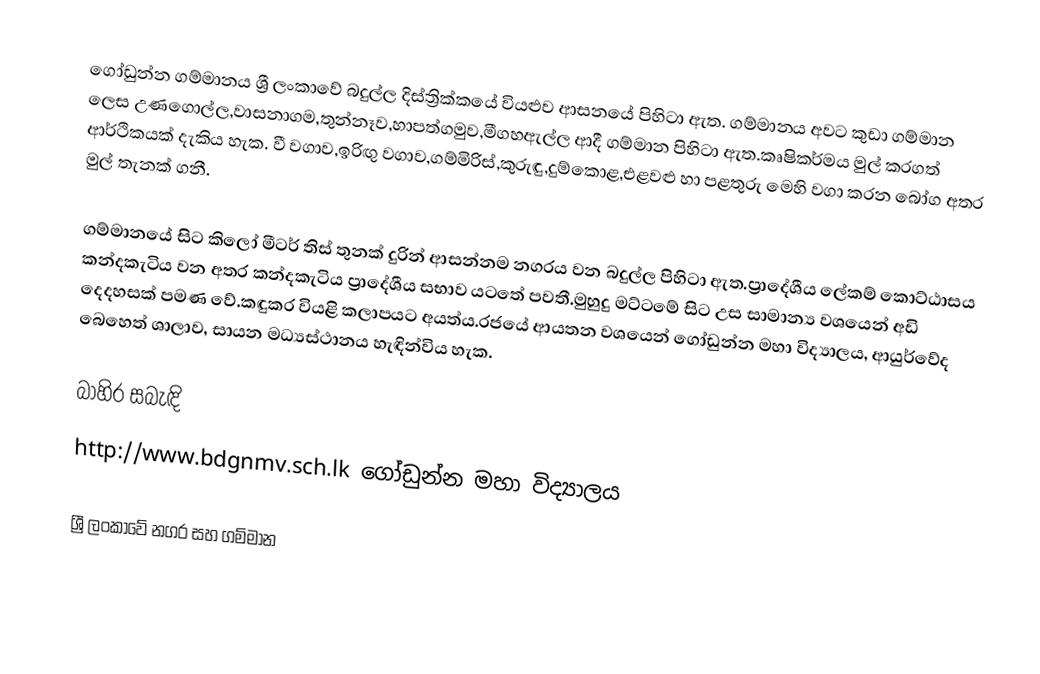
ගෝඩුන්න ගම්මානය ශ්‍රී ලංකාවේ බදුල්ල දිස්ත්‍රික්කයේ වියළුව ආසනයේ පිහිටා ඇත. ගම්මානය අවට කුඩා ගම්මාන ලෙස උණගොල්ල,වාසනාගම,තුන්නෑව,හාපත්ගමුව,මීගහඇල්ල ආදී ගම්මාන පිහිටා ඇත.කෘෂිකර්මය මුල් කරගත් ආර්ථිකයක් දැකිය හැක. වී වගාව,ඉරිඟු වගාව,ගම්මිරිස්,කුරුඳු,දුම්කොළ,එළවළු හා පළතුරු මෙහි වගා කරන බෝග අතර මුල් තැනක් ගනී.

ගම්මානයේ සිට කිලෝ මීටර් තිස් තුනක් දුරින් ආසන්නම නගරය වන බදුල්ල පිහිටා ඇත.ප්‍රාදේශීය ලේකම් කොට්ඨාසය කන්දකැටිය වන අතර කන්දකැටිය ප්‍රාදේශීය සභාව යටතේ පවතී.මුහුදු මට්ටමේ සිට උස සාමාන්‍ය වශයෙන් අඩි දෙදහසක් පමණ වේ.කඳුකර වියළි කලාපයට අයත්ය.රජයේ ආයතන වශයෙන් ගෝඩුන්න මහා විද්‍යාලය, ආයුර්වේද බෙහෙත් ශාලාව, සායන මධ්‍යස්ථානය හැඳින්විය හැක.

බාහිර සබැඳි
http://www.bdgnmv.sch.lk ගෝඩුන්න මහා විද්‍යාලය

ශ්‍රී ලංකාවේ නගර සහ ගම්මාන